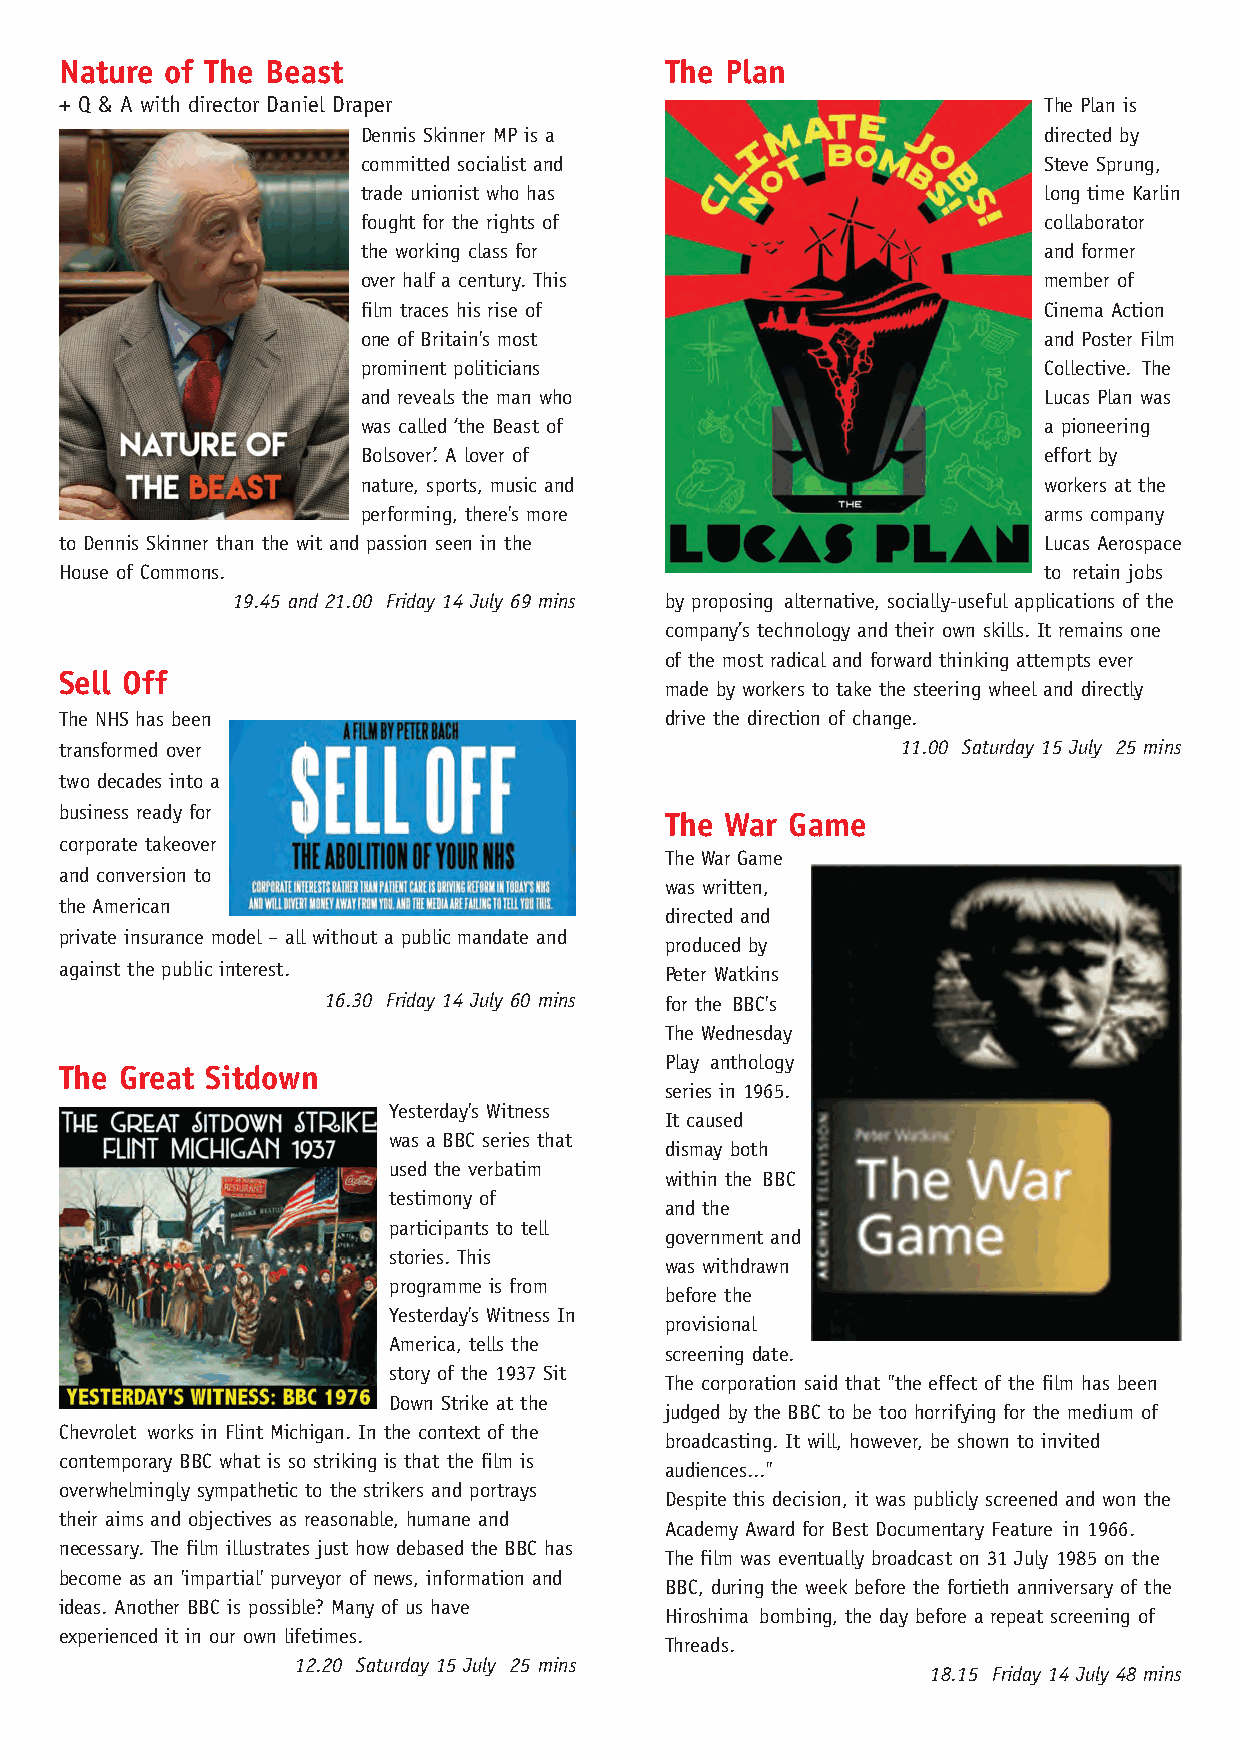
Nature of The Beast                     The Plan
 + Q & A with director Daniel Draper                              The Plan is
 Dennis Skinner MP is a                       directed by
 committed socialist and                      Steve Sprung,
 trade unionist who has                       long time Karlin
 fought for the rights of                     collaborator
 the working class for                        and former
 over half a century. This                    member of
 film traces his rise of                      Cinema Action
 one of Britain's most                        and Poster Film
 prominent politicians                        Collective. The
 and reveals the man who                      Lucas Plan was
 was called ‘the Beast of                     a pioneering
 Bolsover’. A lover of                        effort by
 nature, sports, music and                    workers at the
 performing, there's more                     arms company
 to Dennis Skinner than the wit and passion seen in the           Lucas Aerospace
 House of Commons.                                                to retain jobs
 19.45 and 21.00 Friday 14 July 69 mins by proposing alternative, socially-useful applications of the
 company’s technology and their own skills. It remains one
 of the most radical and forward thinking attempts ever
 Sell Off
 made by workers to take the steering wheel and directly
 The NHS has been                        drive the direction of change.
 transformed over                                        11.00 Saturday 15 July 25 mins
 two decades into a
 business ready for                      The War Game
 corporate takeover
 The War Game
 and conversion to
 was written,
 the American
 directed and
 private insurance model – all without a public mandate and
 produced by
 against the public interest.            Peter Watkins
 16.30 Friday 14 July 60 mins for the BBC's
 The Wednesday
 Play anthology
 The Great Sitdown
 series in 1965.
 Yesterday's Witness
 It caused
 was a BBC series that
 dismay both
 used the verbatim
 within the BBC
 testimony of
 and the
 participants to tell
 government and
 stories. This
 was withdrawn
 programme is from
 before the
 Yesterday's Witness In
 provisional
 America, tells the
 screening date.
 story of the 1937 Sit
 The corporation said that "the effect of the film has been
 Down Strike at the
 judged by the BBC to be too horrifying for the medium of
 Chevrolet works in Flint Michigan. In the context of the
 broadcasting. It will, however, be shown to invited
 contemporary BBC what is so striking is that the film is
 audiences..."
 overwhelmingly sympathetic to the strikers and portrays
 Despite this decision, it was publicly screened and won the
 their aims and objectives as reasonable, humane and
 Academy Award for Best Documentary Feature in 1966.
 necessary. The film illustrates just how debased the BBC has
 The film was eventually broadcast on 31 July 1985 on the
 become as an 'impartial' purveyor of news, information and
 BBC, during the week before the fortieth anniversary of the
 ideas. Another BBC is possible? Many of us have
 Hiroshima bombing, the day before a repeat screening of
 experienced it in our own lifetimes.
 Threads.
 12.20 Saturday 15 July 25 mins
 18.15 Friday 14 July 48 mins